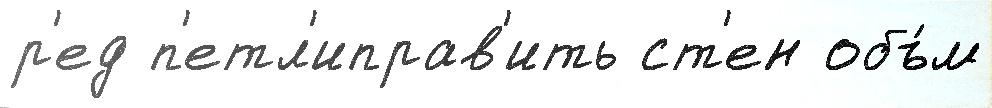
р'ед п'етл'иправ'ить ст'ен объ́м